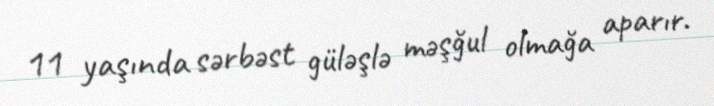
11 yaşında sərbəst güləşlə məşğul olmağa aparır.